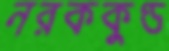
নরককুণ্ড